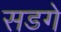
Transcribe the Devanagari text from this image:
सडगे